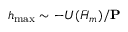
h _ { \operatorname* { m a x } } \sim - U ( \bar { H } _ { m } ) / \mathbf { P }